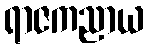
ရာဇကညာယ